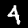
Label: 4